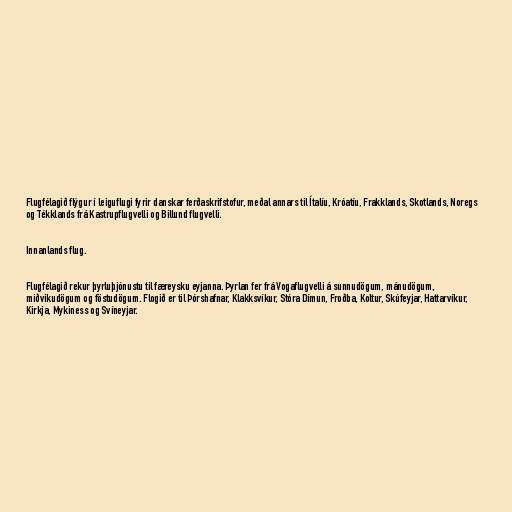
Flugfélagið flýgur í leiguflugi fyrir danskar ferðaskrifstofur, meðal annars til Ítalíu, Króatíu, Frakklands, Skotlands, Noregs
og Tékklands frá Kastrupflugvelli og Billund flugvelli.

Innanlands flug.

Flugfélagið rekur þyrluþjónustu til færeysku eyjanna. Þyrlan fer frá Vogaflugvelli á sunnudögum, mánudögum,
miðvikudögum og föstudögum. Flogið er til Þórshafnar, Klakksvíkur, Stóra Dímun, Froðba, Koltur, Skúfeyjar, Hattarvíkur,
Kirkja, Mykiness og Svíneyjar.